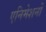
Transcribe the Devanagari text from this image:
एनिमेशनों